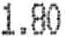
1.80